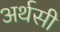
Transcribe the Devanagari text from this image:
अर्थसी